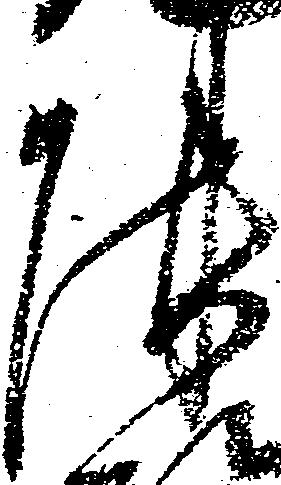
陣